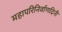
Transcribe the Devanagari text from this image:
महापरिनिर्वाणदिनी